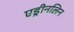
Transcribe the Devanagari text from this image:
एड्रीनलिन